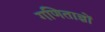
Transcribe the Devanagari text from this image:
गणिताज्ञों